Sanitation, dispensaries and jails vaccination Rajputana 1922-1927 - 1922-1927
Year: 1922
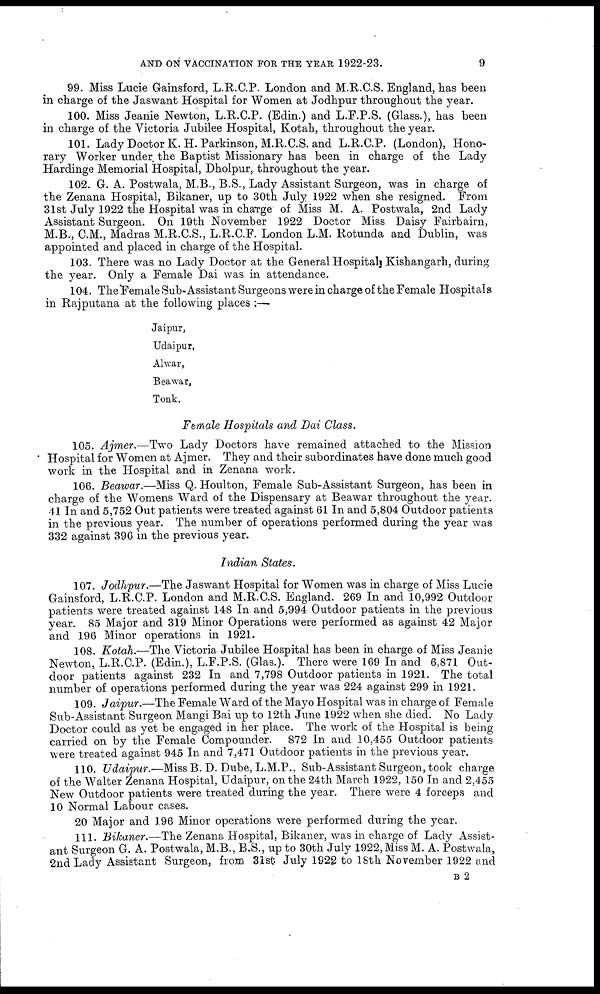
AND ON VACCINATION FOR THE YEAR 1922-23.
9
99. Miss Lucie Gainsford, L.R.C.P. London and M.R.C.S. England, has been
in charge of the Jaswant Hospital for Women at Jodhpur throughout the year.
100. Miss Jeanie Newton, L.R.C.P. (Edin.) and L.F.P.S. (Glass.), has been
in charge of the Victoria Jubilee Hospital, Kotah, throughout the year.
101. Lady Doctor K. H. Parkinson, M.R.C.S. and L.R.C.P. (London), Hono-
rary Worker under, the Baptist Missionary has been in charge of the Lady
Hardinge Memorial Hospital, Dholpur, throughout the year.
102. G. A. Postwala, M.B., B.S., Lady Assistant Surgeon, was in charge of
the Zenana Hospital, Bikaner, up to 30th July 1922 when she resigned. From
31st July 1922 the Hospital was in charge of Miss M. A. Postwala, 2nd Lady
Assistant Surgeon. On 19th November 1922 Doctor Miss Daisy Fairbairn,
M.B., C.M., Madras M.R.C.S., L.R.C.F. London L.M. Rotunda and Dublin, was
appointed and placed in charge of the Hospital.
103. There was no Lady Doctor at the General Hospital Kishangarh, during
the year. Only a Female Dai was in attendance.
104. The Female Sub-Assistant Surgeons were in charge of the Female Hospitals
in Rajputana at the following places :—
Jaipur,
Udaipur,
Alwar,
Beawar,
Tonk.
Female Hospitals and Dai Class.
105. Ajmer.—Two Lady Doctors have remained attached to the Mission
Hospital for Women at Ajmer. They and their subordinates have done much good
work in the Hospital and in Zenana work.
106. Beawar.—Miss Q. Houlton, Female Sub-Assistant Surgeon, has been in
charge of the Womens Ward of the Dispensary at Beawar throughout the year.
41 In and 5,752 Out patients were treated against 61 In and 5,804 Outdoor patients
in the previous year. The number of operations performed during the year was
332 against 396 in the previous year.
Indian States.
107. Jodhpur.—The Jaswant Hospital for Women was in charge of Miss Lucie
Gainsford, L.R.C.P. London and M.R.C.S. England. 269 In and 10,992 Outdoor
patients were treated against 148 In and 5,994 Outdoor patients in the previous
year. 85 Major and 319 Minor Operations were performed as against 42 Major
and 196 Minor operations in 1921.
108. Kotah.—The Victoria Jubilee Hospital has been in charge of Miss Jeanie
Newton, L.R.C.P. (Edin.), L.F.P.S. (Glas.). There were 169 In and 6,871 Out-
door patients against 232 In and 7,798 Outdoor patients in 1921. The total
number of operations performed during the year was 224 against 299 in 1921.
109. Jaipur.—The Female Ward of the Mayo Hospital was in charge of Female
Sub-Assistant Surgeon Mangi Bai up to 12th June 1922 when she died. No Lady
Doctor could as yet be engaged in her place. The work of the Hospital is being
carried on by the Female Compounder.
872 In and 10,455 Outdoor patients
were treated against 945 In and 7,471 Outdoor patients in the previous year.
110. Udaipur.—Miss B. D. Dube, L.M.P., Sub-Assistant Surgeon, took charge
of the Walter Zenana Hospital, Udaipur, on the 24th March 1922, 150 In and 2,455
New Outdoor patients were treated during the year. There were 4 forceps and
10 Normal Labour cases.
20 Major and 196 Minor operations were performed during the year.
111. Bikaner.—The Zenana Hospital, Bikaner, was in charge of Lady Assist-
ant Surgeon G. A. Postwala, M.B., B.S., up to 30th July 1922, Miss M. A. Postwala,
2nd Lady Assistant Surgeon, from 31st July 1922 to 18th November 1922 and
B 2